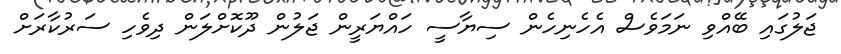
ޖަލުގައި ބޭއްވި ނަމަވެސް އެހެނިހެން ސިޔާސީ ހައްޔަރީން ޖަލުން ދޫކޮށްލަން ދިވެހި ސަރުކާރަށް